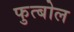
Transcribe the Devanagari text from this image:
फुत्बोल